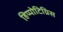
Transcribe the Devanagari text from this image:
हिप्पोटिग्रिस